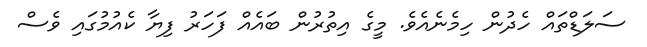
ސަލަޑްތައް ހެދުން ހިމެނެއެވެ. މީގެ އިތުރުން ބައެއް ފަހަރު ފިޔާ ކެއުމުގައި ވެސް